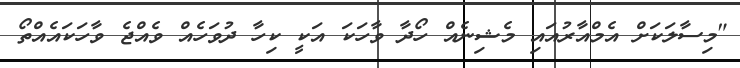
"މިސާލަކަށް އެމްއާރުއައި މެޝިނެއް ހޯދާ ވާހަކަ އަކީ ކިހާ ދުވަހެއް ވެއްޖެ ވާހަކައެއްތޯ